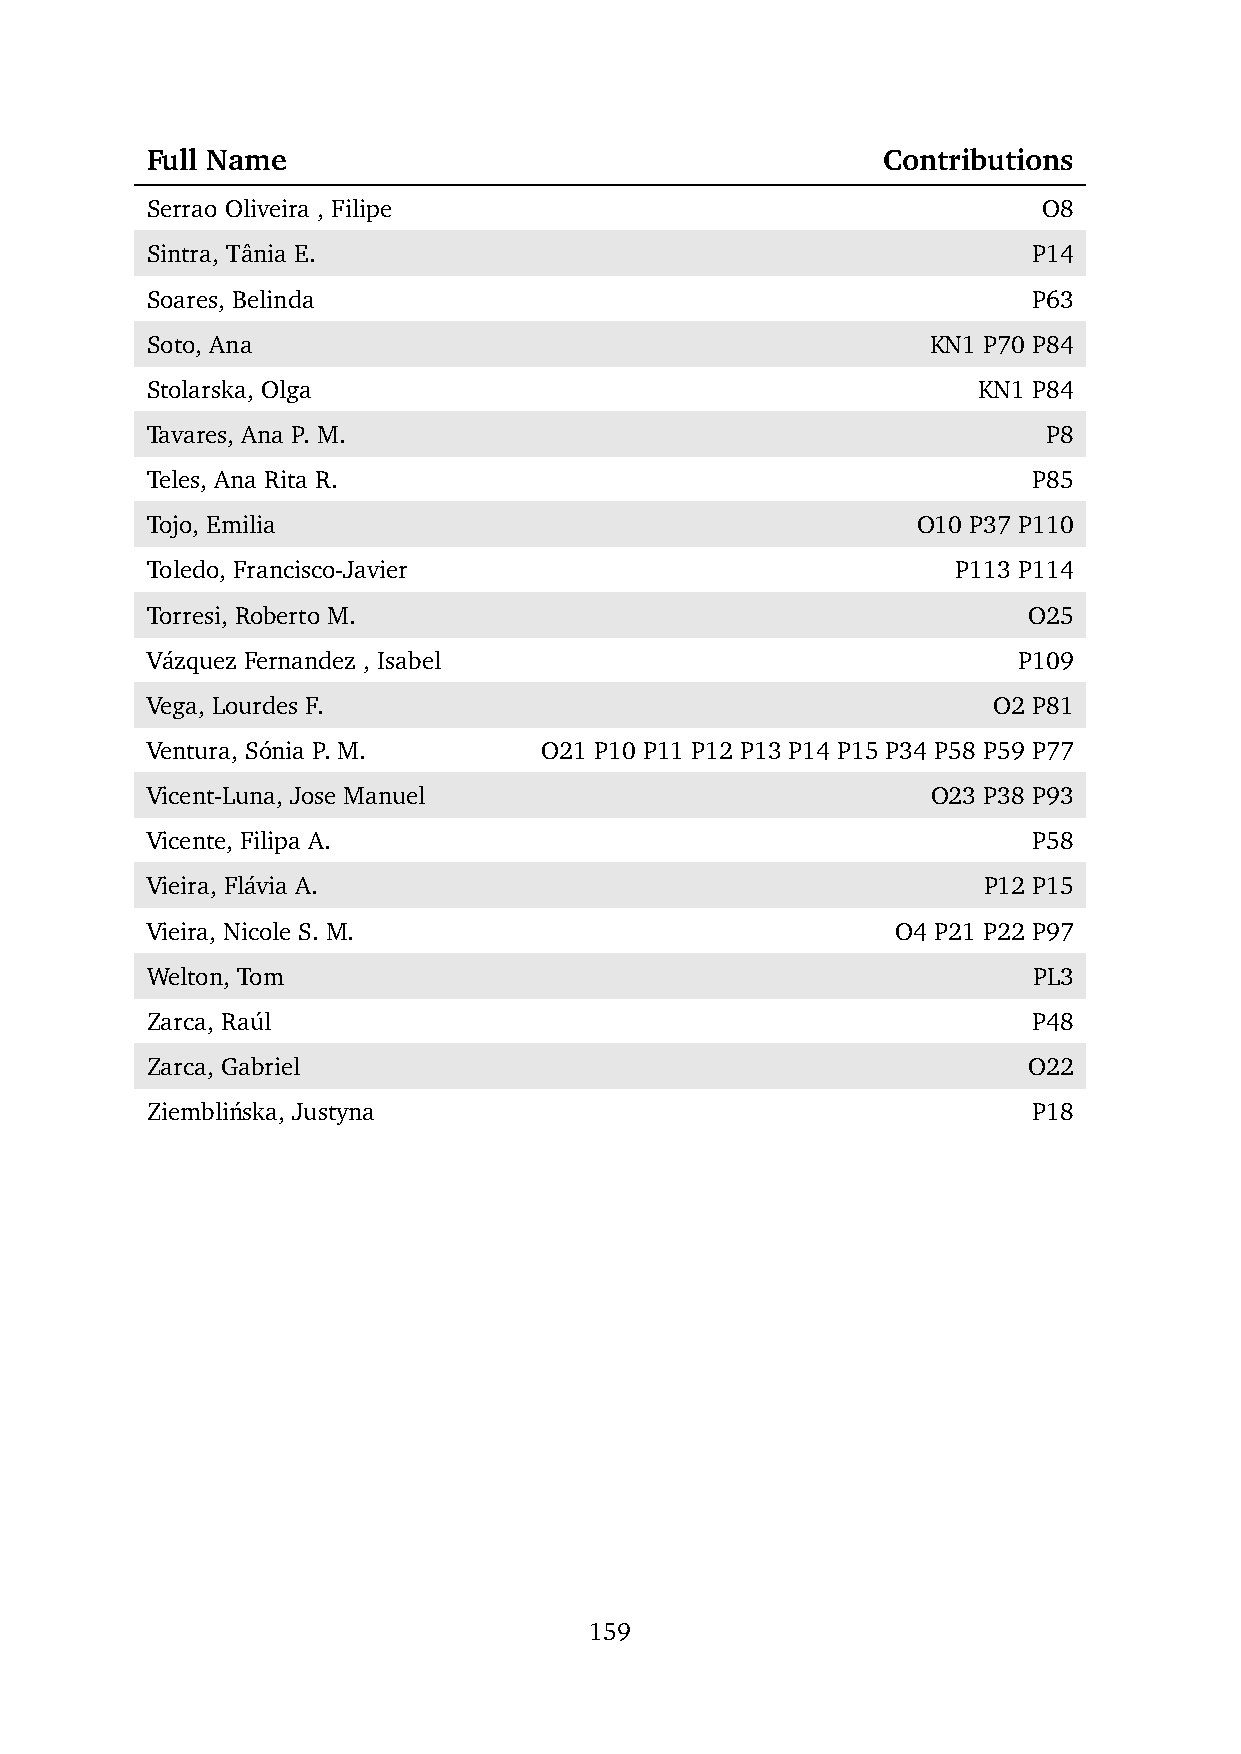
Full Name                                       Contributions
 Serrao Oliveira , Filipe                                   O8
 Sintra, Taˆnia E.                                         P14
 Soares, Belinda                                           P63
 Soto, Ana                                           KN1 P70 P84
 Stolarska, Olga                                        KN1 P84
 Tavares, Ana P. M.                                         P8
 Teles, Ana Rita R.                                        P85
 Tojo, Emilia                                       O10 P37 P110
 Toledo, Francisco-Javier                             P113 P114
 Torresi, Roberto M.                                       O25
 Va´zquez Fernandez , Isabel                              P109
 Vega, Lourdes F.                                        O2 P81
 Ventura, So´nia P. M.     O21 P10 P11 P12 P13 P14 P15 P34 P58 P59 P77
 Vicent-Luna, Jose Manuel                            O23 P38 P93
 Vicente, Filipa A.                                        P58
 Vieira, Fla´via A.                                     P12 P15
 Vieira, Nicole S. M.                             O4 P21 P22 P97
 Welton, Tom                                               PL3
 Zarca, Rau´l                                              P48
 Zarca, Gabriel                                            O22
 Ziemblin´ska, Justyna                                     P18
 159